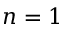
n = 1